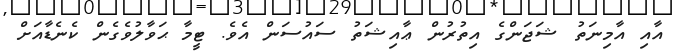
އާއި އާމިނަތު ޝަޖަންގެ އިތުރުން ޢާއިޝަތު ސައުސަން އެވެ. ޓީމާ ޙަވާލުވެގެން ކެނެޑާއަށް